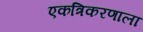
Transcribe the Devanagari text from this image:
एकत्रिकरणाला